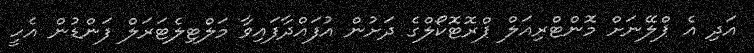
އަދި އެ ޕްލޭނަށް މޮންޓްރިއަލް ޕްރޮޓޮކޯލްގެ ދަށުން އުފައްދާފައިވާ މަލްޓިލެޓަރަލް ފަންޑުން އެހީ